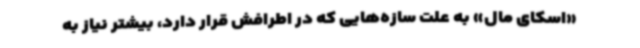
«اسکای مال» به علت سازه‌هایی که در اطرافش قرار دارد، بیشتر نیاز به